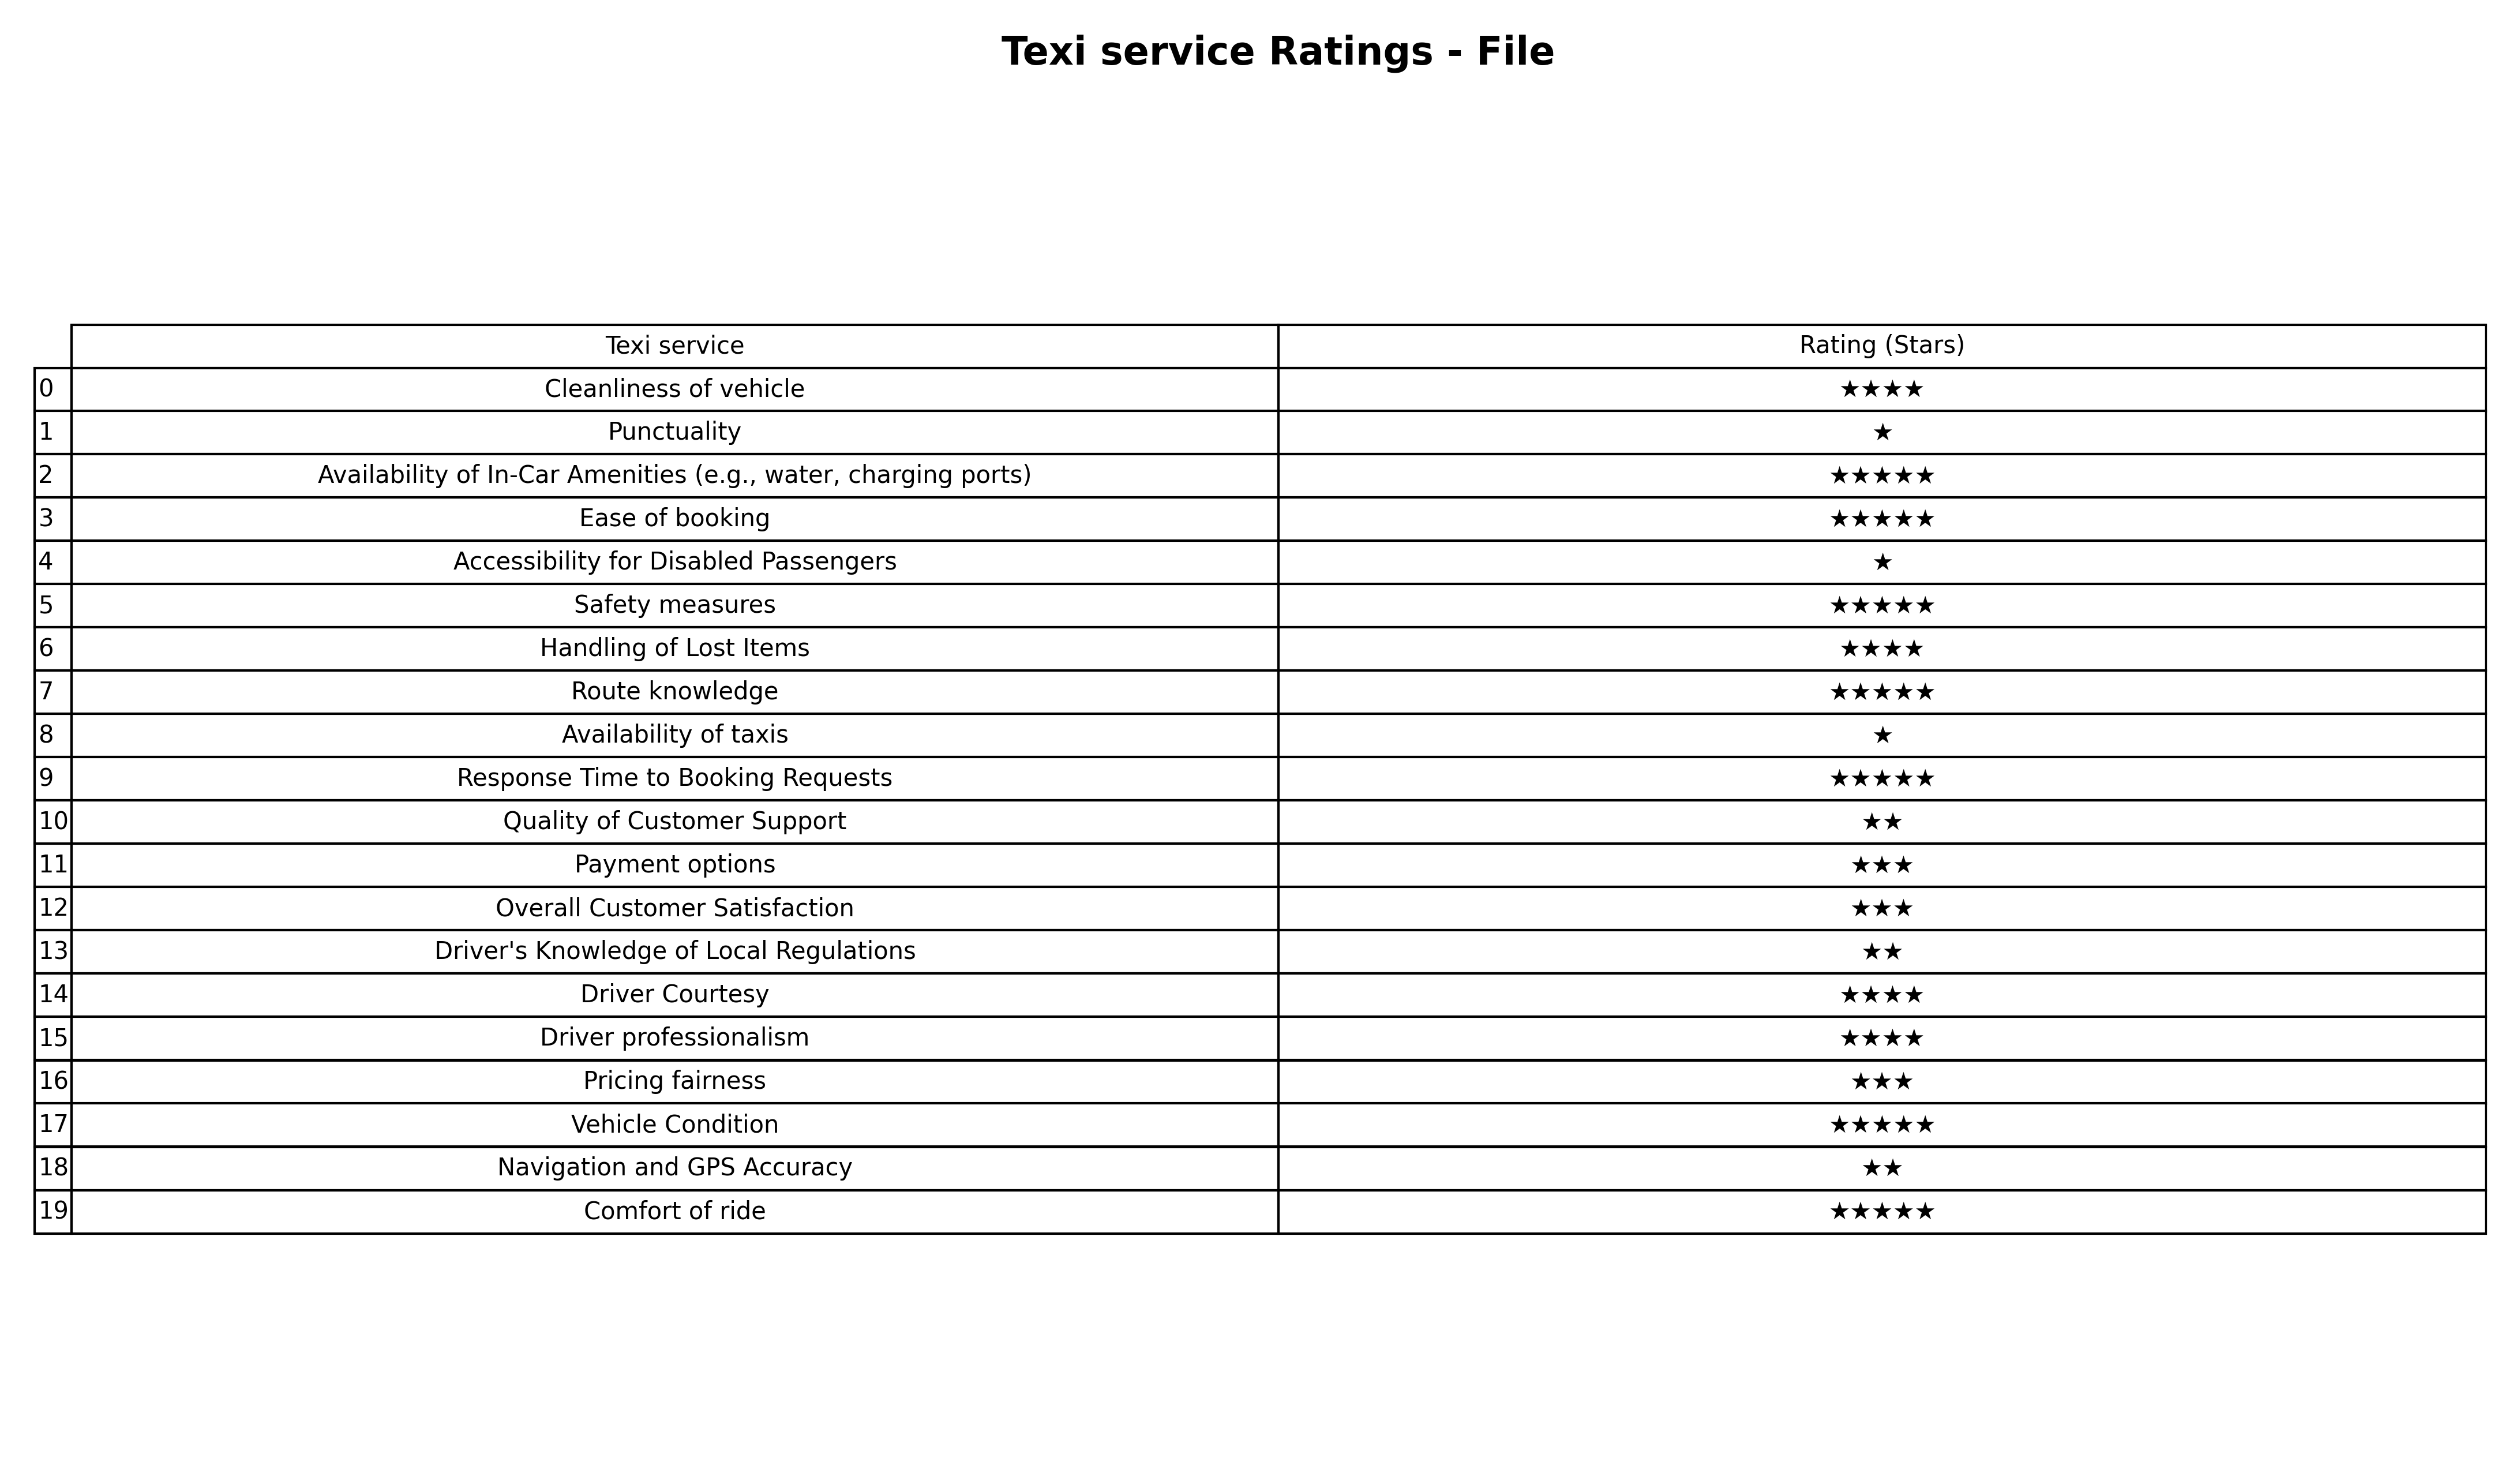
question: What is the rating of Quality of Customer Support?
answer: ★★